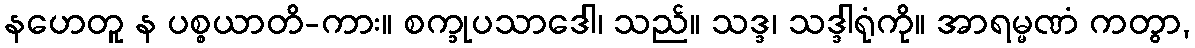
နဟေတူ န ပစ္စယာတိ-ကား။ စက္ခုပသာဒေါ၊ သည်။ သဒ္ဒ၊ သဒ္ဒါရုံကို။ အာရမ္မဏံ ကတွာ,